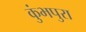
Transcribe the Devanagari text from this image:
कुंभपुरा